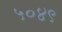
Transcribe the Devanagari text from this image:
५०४९